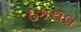
ઠકરાલ